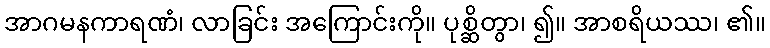
အာဂမနကာရဏံ၊ လာခြင်း အကြောင်းကို။ ပုစ္ဆိတွာ၊ ၍။ အာစရိယဿ၊ ၏။